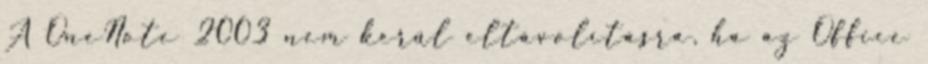
A OneNote 2003 nem kerül eltávolításra, ha az Office